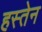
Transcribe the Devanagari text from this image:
हस्तेन